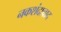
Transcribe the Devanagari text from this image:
नकशंदाबाद